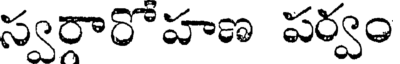
స్వరారొహణ పర్వం